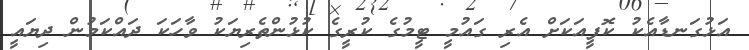
އަޅުގަނޑާއެކު ކޮފީއަކަށް އެރި ގައުމީ ޓީމުގެ ކުރީގެ ކުޅުންތެރިޔަކު ވާހަކަ ދައްކަމުން ދިޔައީ